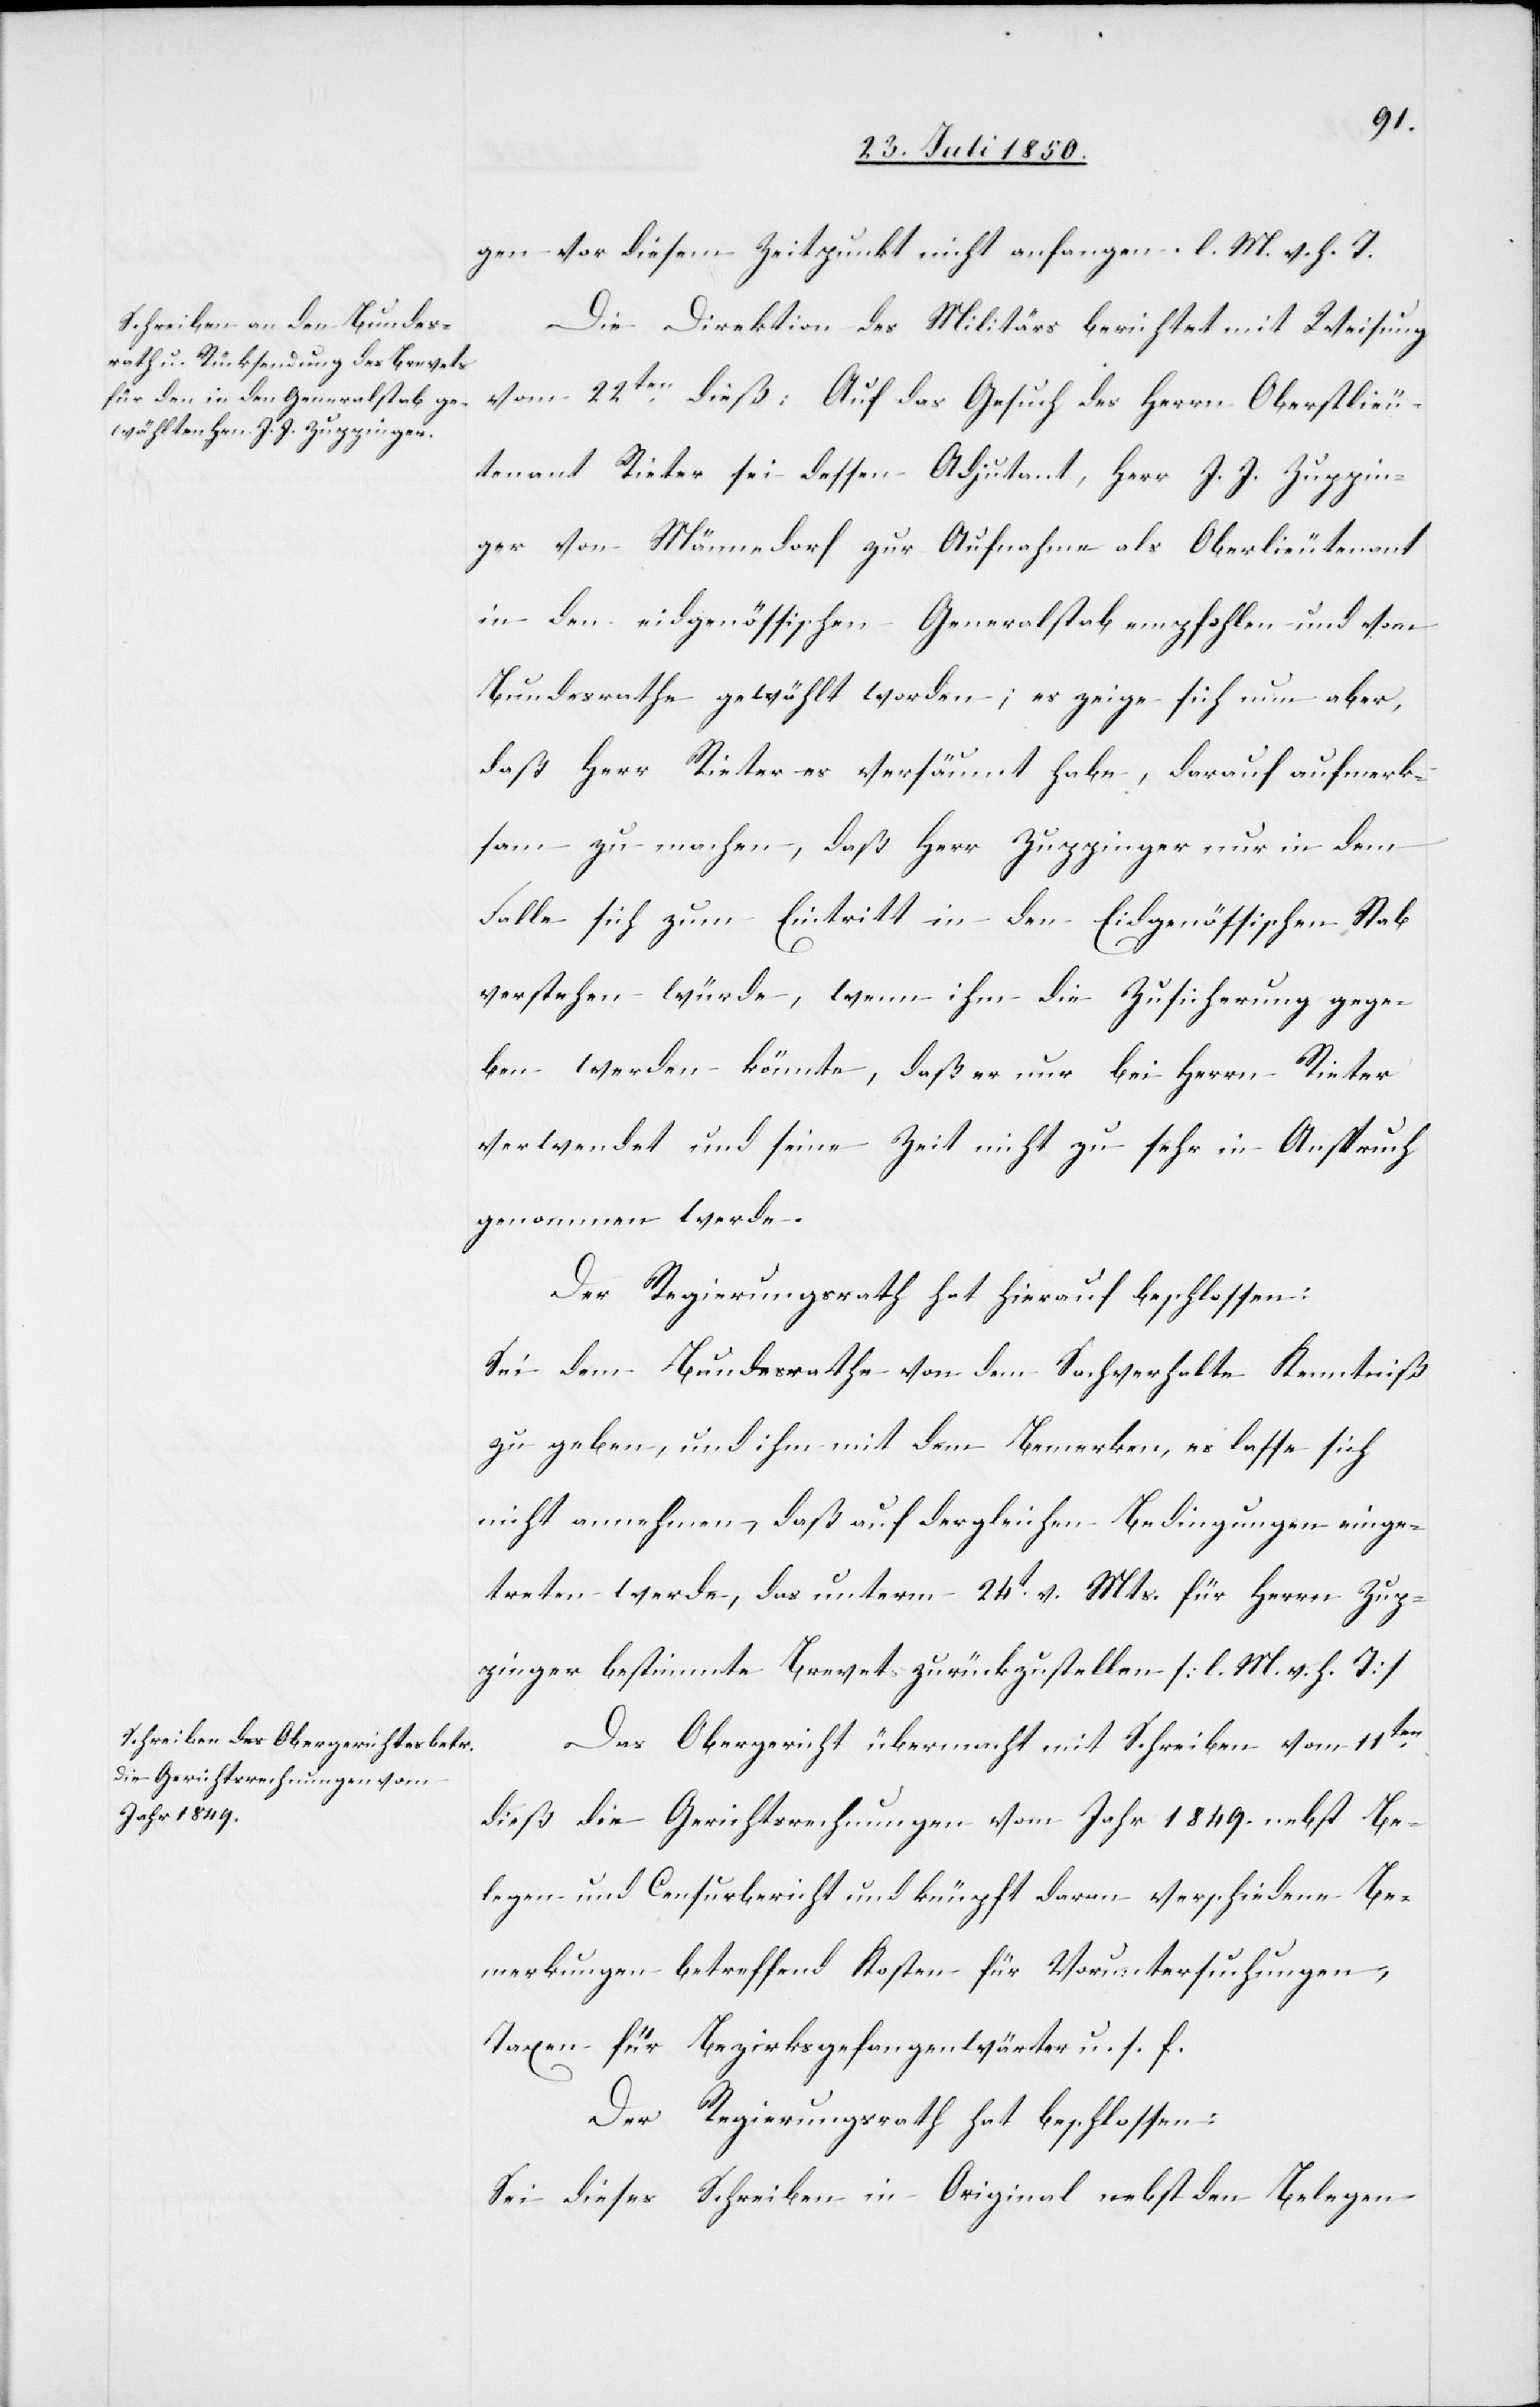
gen vor diesem Zeitpunkt nicht anfangen. l. M. v. h. T.
Die Direktion des Militärs berichtet mit Weisung
vom 22ten dieß: Auf das Gesuch des Herrn Oberstlieu¬
tenant Rieter sei dessen Adjutant, Herr J. J. Zuppin¬
ger von Männedorf zur Aufnahme als Oberlieutenant
in den eidgenössischen Generalstab empfohlen und vom
Bundesrathe gewählt worden; es zeige sich nun aber,
daß Herr Rieter es versäumt habe, darauf aufmerk¬
sam zu machen, daß Herr Zuppinger nur in dem
Falle sich zum Eintritt in den Eidgenössischen Stab
verstehen würde, wenn ihm die Zusicherung gege¬
ben werden könnte, daß er nur bei Herrn Rieter
verwendet und seine Zeit nicht zu sehr in Anspruch
genommen werde.
Der Regierungsrath hat hierauf beschlossen:
Sei dem Bundesrathe von dem Sachverhalte Kenntniß
zu geben, und ihm mit dem Bemerken, es lasse sich
nicht annehmen, daß auf dergleichen Bedingungen einge¬
treten werde, das unterm 24t v. Mts. für Herrn Zup¬
pinger bestimmte Brevet zurückzustellen [l. M. v. h. T]
Das Obergericht übermacht mit Schreiben vom 11ten
dieß die Gerichtsrechnungen vom Jahr 1849. nebst Be¬
legen und Censurbericht und knüpft daran verschiedene Be¬
merkungen betreffend Kosten für Voruntersuchungen,
Taxen für Bezirksgefangenwärter u. s. f.
der Regierungsrath hat beschlossen:
Sei dieses Schreiben in Original nebst den Belegen